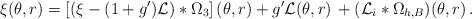
LaTeX: \begin{align*}\xi (\theta ,r)=\left[ (\xi -(1+g^{\prime }){\cal L})*\Omega _{3}\right](\theta ,r)+g^{\prime }{\cal L}(\theta ,r)\,+({\cal L}_{i}*\Omega_{h,B})(\theta ,r)\,.\end{align*}